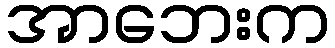
အာဘေးက